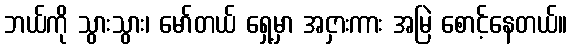
ဘယ်ကို သွားသွား၊ မော်တယ် ရှေ့မှာ အငှားကား အမြဲ စောင့်နေတယ်။